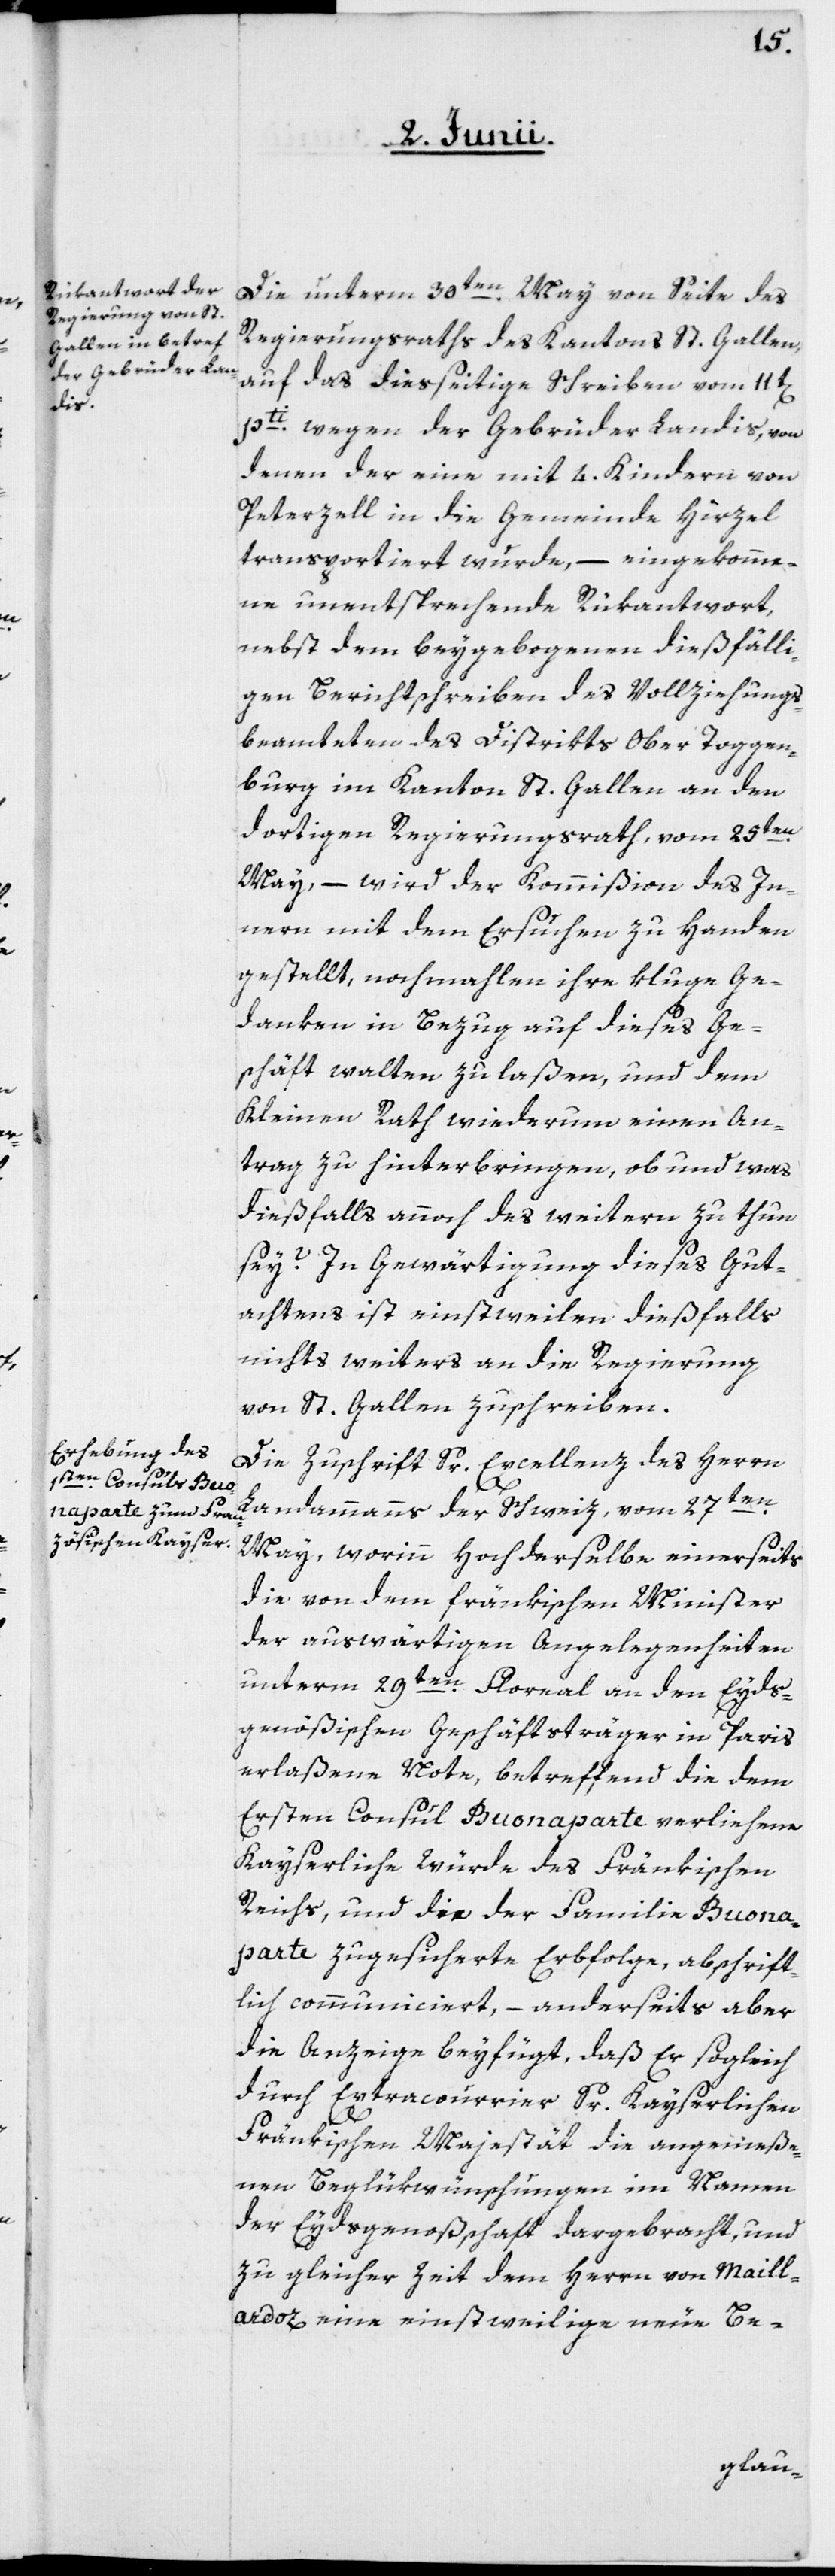
Die unterm 30ten May von Seite des
Regierungsraths des Kantons St. Gallen,
auf das diesseitige Schreiben vom 11t[en]
pti wegen der Gebrüder Landis, von
denen der eine mit 4. Kindern von
Peterzell in die Gemeinde Hirzel
transportiert wurde, – eingekomme¬
ne unentsprechende Rükantwort,
nebst dem beygebogenen dießfälli¬
gen Berichtschreiben des Vollziehungs¬
beamteten des Distrikts Ober Toggen¬
burg im Kanton St. Gallen, an den
dortigen Regierungsrath vom 25ten
May, – wird der Kommißion des In¬
nern mit dem Ersuchen zu Handen
gestellt, nochmahlen ihre kluge Ge¬
danken in Bezug auf dieses Ge¬
schäft walten zu laßen, und dem
Kleinen Rath wiederum einen An¬
trag zu hinterbringen, ob und was
dießfalls annoch des weitern zu thun
sey? In Gewärtigung dieses Gut¬
achtens ist einstweilen dießfalls
nichts weiters an die Regierung
von St. Gallen zu schreiben.
Die Zuschrift Sr. Excellenz des Herrn
Landammanns der Schweiz, vom 27ten
May, worinn Hochderselbe einerseits
die von dem fränkischen Minister
der auswärtigen Angelegenheiten
unterm 29ten Floreal an den Eyds¬
genößischen Geschäftsträger in Paris
erlaßene Note, betreffend die dem
Ersten Consul Buonaparte verliehene
Kayserliche Würde des Fränkischen
Reichs, und die der Familie Buona¬
parte zugesicherte Erbfolge, abschrift¬
lich communiciert, – anderseits aber
die Anzeige beyfügt, daß Er sogleich
durch Extracourrier Sr. Kayserlichen
Fränkischen Majestät die angemeße¬
nen Beglükwünschungen im Namen
der Eydsgenoßschaft dargebracht, und
zu gleicher Zeit dem Herrn von Maill¬
ardoz eine einstweilige neue Be-